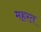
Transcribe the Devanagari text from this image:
महरत